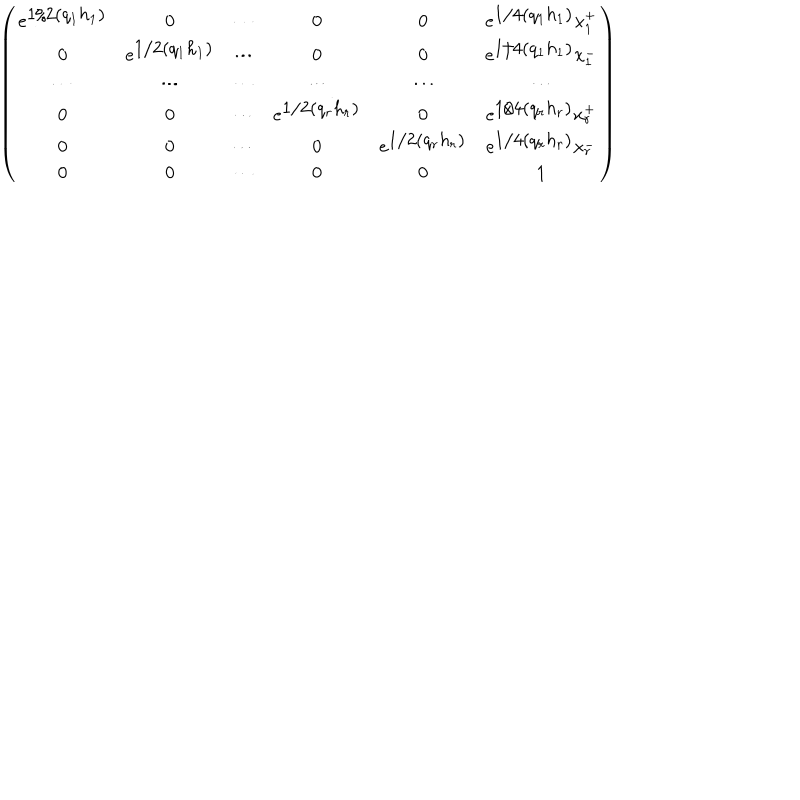
LaTeX: \left( \begin{array} { c c c c c c } { { e ^ { \textstyle 1 / 2 ( q _ { 1 } h _ { 1 } ) } } } & { { 0 } } & { { \cdots } } & { { 0 } } & { { 0 } } & { { e ^ { \textstyle 1 / 4 ( q _ { 1 } h _ { 1 } ) } x _ { 1 } ^ { + } } } \\ { { 0 } } & { { e ^ { \textstyle 1 / 2 ( q _ { 1 } h _ { 1 } ) } } } & { { \cdots } } & { { 0 } } & { { 0 } } & { { e ^ { \textstyle 1 / 4 ( q _ { 1 } h _ { 1 } ) } x _ { 1 } ^ { - } } } \\ { { \cdots } } & { { \cdots } } & { { \cdots } } & { { \cdots } } & { { \cdots } } & { { \cdots } } \\ { { 0 } } & { { 0 } } & { { \cdots } } & { { e ^ { \textstyle 1 / 2 ( q _ { r } h _ { r } ) } } } & { { 0 } } & { { e ^ { \textstyle 1 / 4 ( q _ { r } h _ { r } ) } x _ { r } ^ { + } } } \\ { { 0 } } & { { 0 } } & { { \cdots } } & { { 0 } } & { { e ^ { \textstyle 1 / 2 ( q _ { r } h _ { r } ) } } } & { { e ^ { \textstyle 1 / 4 ( q _ { r } h _ { r } ) } x _ { r } ^ { - } } } \\ { { 0 } } & { { 0 } } & { { \cdots } } & { { 0 } } & { { 0 } } & { { 1 } } \\ \end{array} \right)